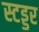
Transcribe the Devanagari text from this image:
स्टड्डर